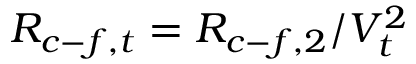
R _ { c - f , t } = R _ { c - f , 2 } / V _ { t } ^ { 2 }